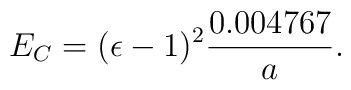
E_C=(\epsilon-1)^2{0.004767\over a}.